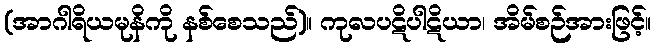
(အာဂါရိယမုနိကို နစ်စေသည်)။ ကုလပဋိပါဋိယာ၊ အိမ်စဉ်အားဖြင့်။